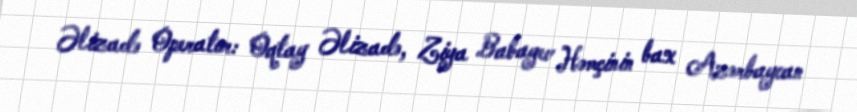
Əlizadə Operator: Oqtay Əlizadə, Ziya Babayev Həmçinin bax Azərbaycan